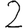
Digit: 2